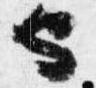
也